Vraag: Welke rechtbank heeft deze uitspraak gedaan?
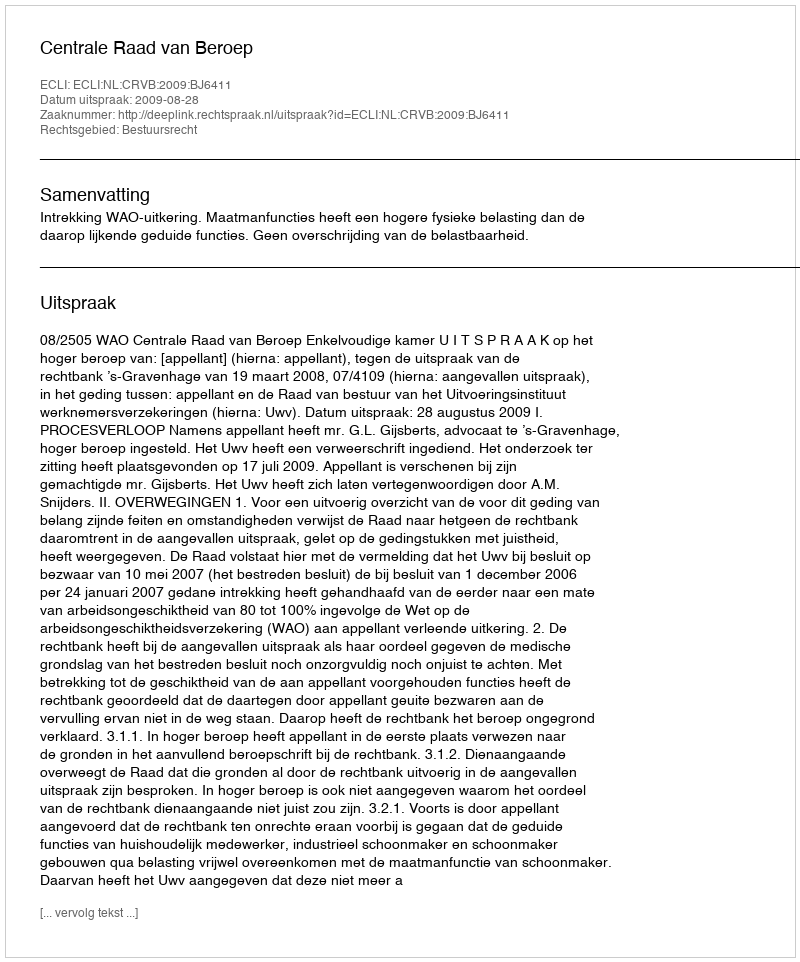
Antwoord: Centrale Raad van Beroep